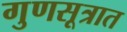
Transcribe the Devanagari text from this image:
गुणसूत्रात